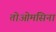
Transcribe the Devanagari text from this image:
तोओमसिना